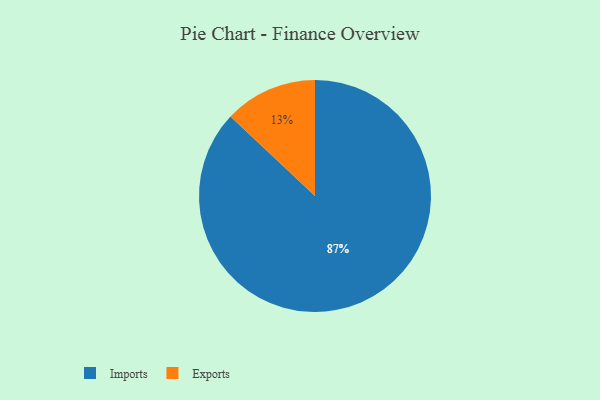
{"axis": {"x": "Category", "y": "Percentage"}, "legend": ["Exports", "Imports"], "data": [{"x": "Imports", "y": 87, "type": "Imports"}, {"x": "Exports", "y": 13, "type": "Exports"}]}